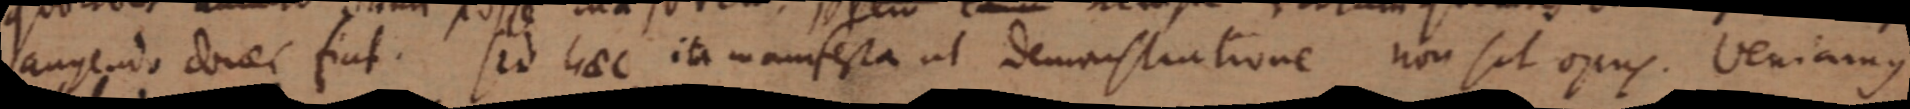
angendo donaec fiat. Sed haec ita manifesta ut demonstratione non sit opus. Veniamus